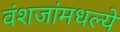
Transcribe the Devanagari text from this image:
वंशजांमधल्ये